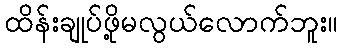
ထိန်းချုပ်ဖို့မလွယ်လောက်ဘူး။